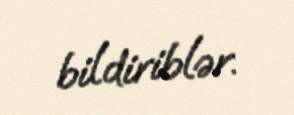
bildiriblər.